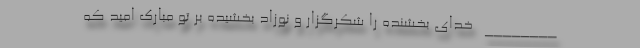
________ خدای بخشنده را شکرگزار و نوزاد بخشیده بر تو مبارک امید که